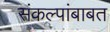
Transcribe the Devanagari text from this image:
संकल्पांबाबत